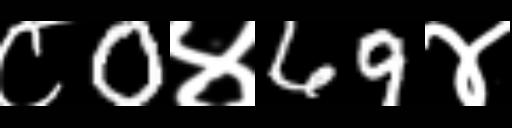
Text: ८0४69४